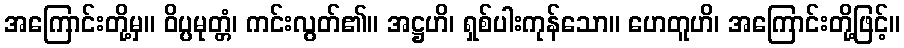
အကြောင်းတို့မှ။ ဝိပ္ပမုတ္တံ၊ ကင်းလွတ်၏။ အဋ္ဌဟိ၊ ရှစ်ပါးကုန်သော။ ဟေတူဟိ၊ အကြောင်းတို့ဖြင့်။